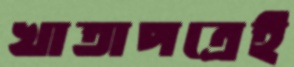
খাতাপত্রেই